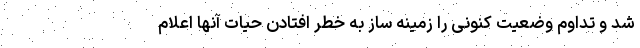
شد و تداوم وضعیت کنونی را زمینه ساز به خطر افتادن حیات آنها اعلام